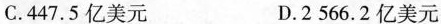
C.447.5亿美元 D.2566.2亿美元